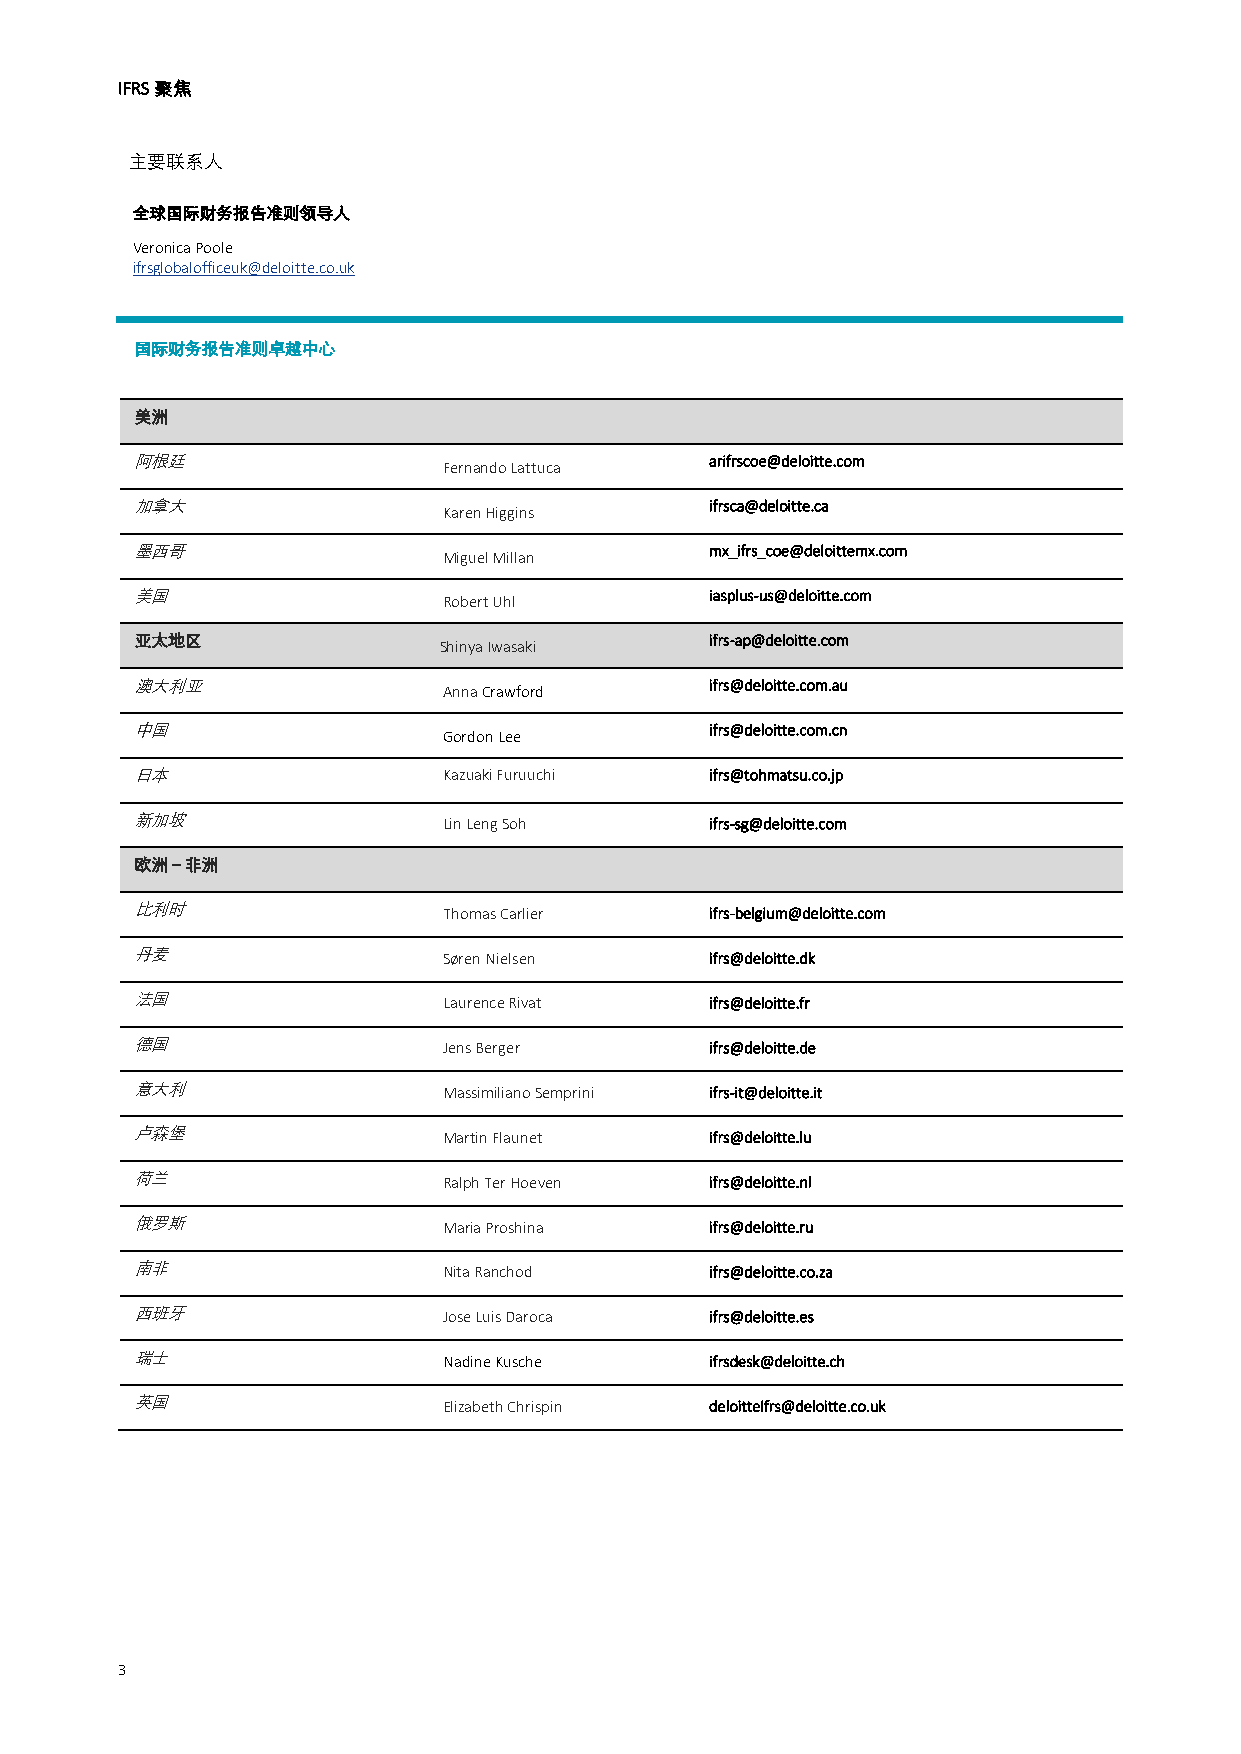
IFRS聚焦
 主要联系人
 全球国际财务报告准则领导人
 Veronica Poole
 ifrsglobalofficeuk@deloitte.co.uk
 国际财务报告准则卓越中心
 美洲
 阿根廷                                   arifrscoe@deloitte.com
 Fernando Lattuca
 加拿大                                   ifrsca@deloitte.ca
 Karen Higgins
 墨西哥                                   mx_ifrs_coe@deloittemx.com
 Miguel Millan
 美国                                    iasplus-us@deloitte.com
 Robert Uhl
 亚太地区                                  ifrs-ap@deloitte.com
 Shinya Iwasaki
 澳大利亚                                  ifrs@deloitte.com.au
 Anna Crawford
 中国                                    ifrs@deloitte.com.cn
 Gordon Lee
 日本                  Kazuaki Furuuchi  ifrs@tohmatsu.co.jp
 新加坡                 Lin Leng Soh      ifrs-sg@deloitte.com
 欧洲－非洲
 比利时                 Thomas Carlier    ifrs-belgium@deloitte.com
 丹麦                  Søren Nielsen     ifrs@deloitte.dk
 法国                  Laurence Rivat    ifrs@deloitte.fr
 德国                  Jens Berger       ifrs@deloitte.de
 意大利                 Massimiliano Semprini ifrs-it@deloitte.it
 卢森堡                 Martin Flaunet    ifrs@deloitte.lu
 荷兰                  Ralph Ter Hoeven  ifrs@deloitte.nl
 俄罗斯                 Maria Proshina    ifrs@deloitte.ru
 南非                  Nita Ranchod      ifrs@deloitte.co.za
 西班牙                 Jose Luis Daroca  ifrs@deloitte.es
 瑞士                  Nadine Kusche     ifrsdesk@deloitte.ch
 英国                  Elizabeth Chrispin deloitteifrs@deloitte.co.uk
 3